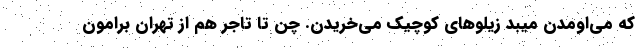
که می‌اومدن میبد زیلوهای کوچیک می‌خریدن. چن تا تاجر هم از تهران برامون